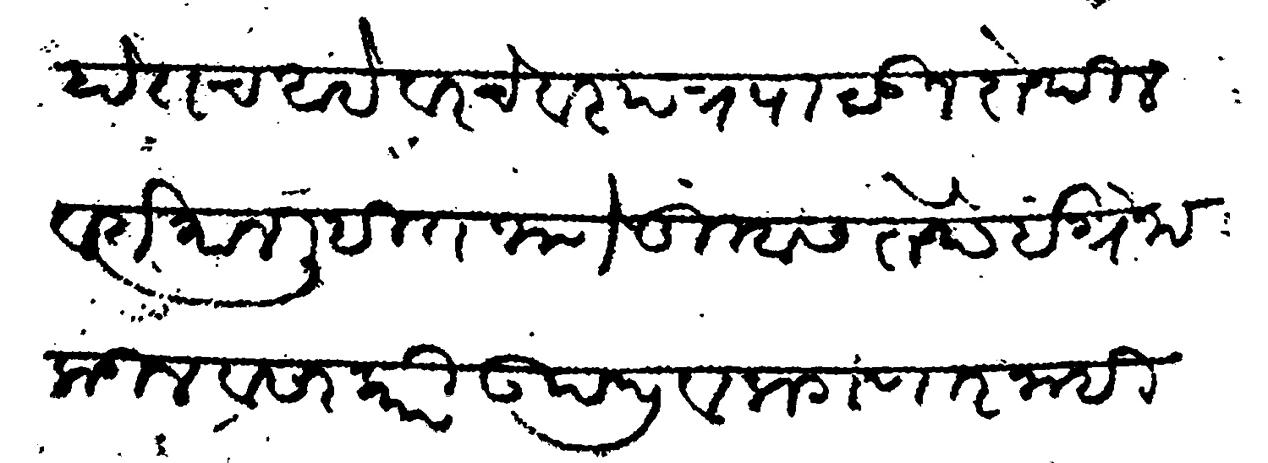
Transliteration (Devanagari): होतच आहे वरचेवर पत्र पाठऊन तेथील वर्तमान लिहित जाणे तुम्हास तेथे इंग्रेजाकडील व सरकारी उपद्रव लागणार नाही